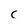
Character: c